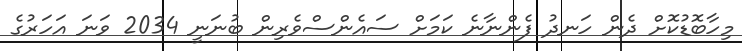
މިހާބޮޑުކޮށް ދެން ހަނދު ފެންނާނެ ކަމަށް ސައެންސްވެރިން ބުނަނީ 2034 ވަނަ އަހަރުގެ